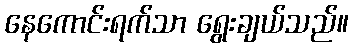
နေကောင်းရက်သာ ရွေးချယ်သည်။